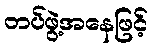
တပ်ဖွဲ့အနေဖြင့်